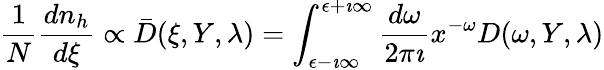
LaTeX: \frac{1}{N}\frac{dn_{h}}{d\xi}\propto\bar{D}(\xi,Y,\lambda)=\int_{\epsilon-\imath\infty}^{\epsilon+\imath\infty}\frac{d\omega}{2\pi\imath}x^{-\omega}D(\omega,Y,\lambda)